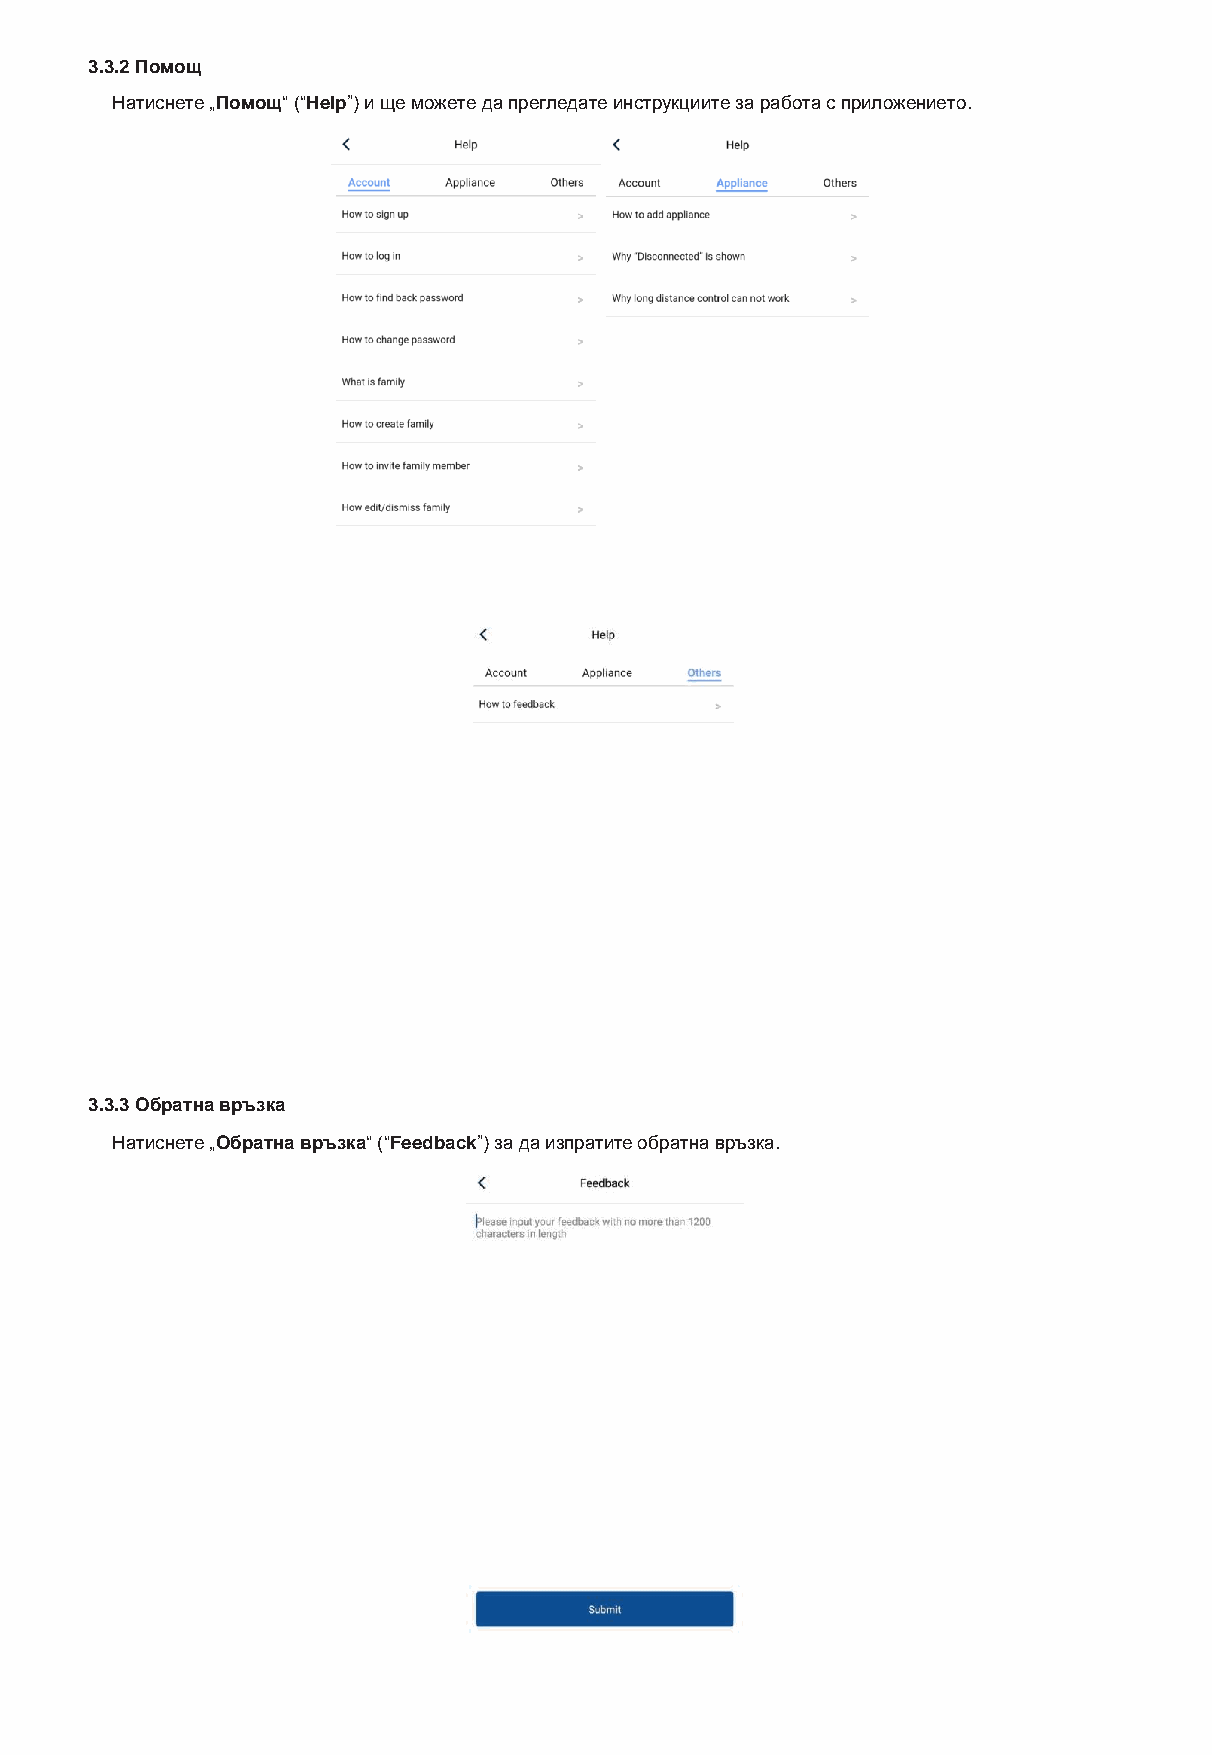
3.3.2 Помощ
 Натиснете „Помощ“ (“Help”) и ще можете да прегледате инструкциите за работа с приложението.
 3.3.3 Обратна връзка
 Натиснете „Обратна връзка“ (“Feedback”) за да изпратите обратна връзка.